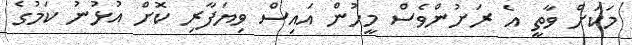
މަކަށް ވާތީ އެ ރަށުންވެސް މީހުން އައިސް ވިޔަފާރި ކޮށް އުޅުނު ކަމުގެ